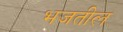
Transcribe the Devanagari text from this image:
भजतील